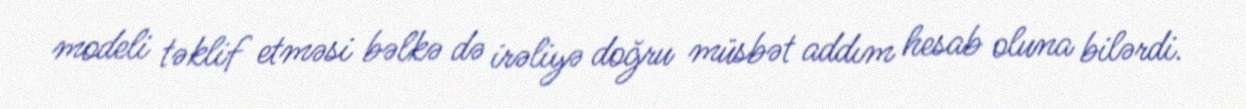
modeli təklif etməsi bəlkə də irəliyə doğru müsbət addım hesab oluna bilərdi.